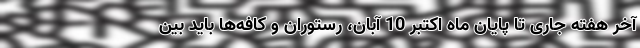
آخر هفته جاری تا پایان ماه اکتبر 10 آبان، رستوران و کافه‌ها باید بین